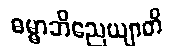
ဓမ္မာဘိညေယျာတိ